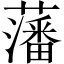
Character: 藩